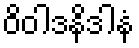
ဝိဝါဒနိဒါနံ